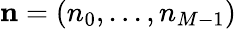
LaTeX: \mathbf{n}=(n_{0},...,n_{M-1})